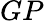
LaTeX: GP